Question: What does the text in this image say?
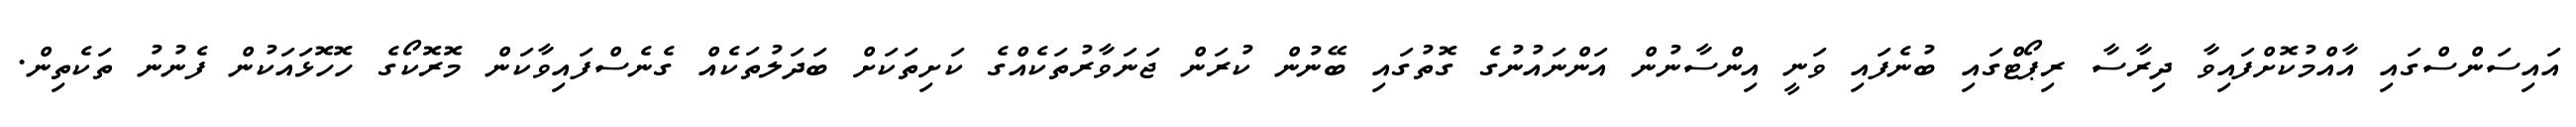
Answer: އައިސަންސްގައި އާއްމުކޮށްފައިވާ ދިރާސާ ރިޕޯޓްގައި ބުނެފައި ވަނީ އިންސާނުން އަންނައުނުގެ ގޮތުގައި ބޭނުން ކުރަން ޖަނަވާރުތަކެއްގެ ކަށިތަކަށް ބަދަލުތަކެއް ގެނެސްފައިވާކަން މޮރޮކޯގެ ހޮހޮޅައަކުން ފެނުނު ތަކެތިން.